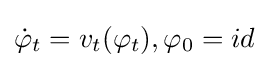
{\dot {\varphi }}_{t}=v_{t}(\varphi _{t}),\varphi _{0}=id